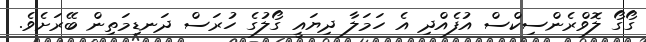
ގޯގޯ ލޮވްރެންސިކްސް އުފެއްދި އެ ހަމަލާ ދިޔައީ ގޯލުގެ ހުރަސް ދަނޑިމަތިން ބޭރަށެވެ.